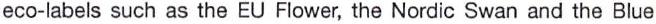
eco-labels such as the EU Flower, the Nordic Swan and the Blue